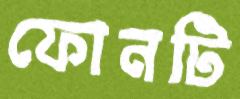
ফোনটি